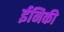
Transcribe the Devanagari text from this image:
ईनिकी